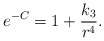
\begin{align*}e^{-C} = 1 + \frac{k_3}{r^4} .\end{align*}